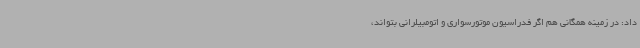
داد: در زمینه همگانی هم اگر فدراسیون موتورسواری و اتومبیلرانی بتواند،